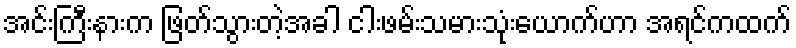
အင်းကြီးနားက ဖြတ်သွားတဲ့အခါ ငါးဖမ်းသမားသုံးယောက်ဟာ အရင်ကထက်